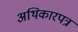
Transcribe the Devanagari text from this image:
अथिकारपत्र